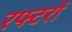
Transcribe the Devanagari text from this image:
रफ्टरों